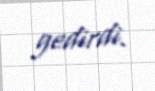
gedirdi.